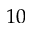
1 0